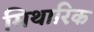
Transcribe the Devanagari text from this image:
मिथारिक